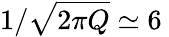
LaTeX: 1/\sqrt{2\pi Q}\simeq 6\